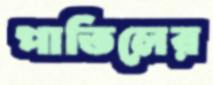
পাতিলের